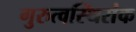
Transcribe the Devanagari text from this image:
गुरुत्वस्थिरांक